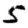
Digit: 5